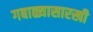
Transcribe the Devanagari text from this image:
गबाळ्यासारखी